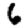
Digit: 6